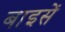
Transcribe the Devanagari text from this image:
बाइसें